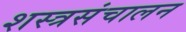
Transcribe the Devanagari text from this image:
शस्त्रसंचालन